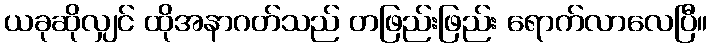
ယခုဆိုလျှင် ထိုအနာဂတ်သည် တဖြည်းဖြည်း ရောက်လာလေပြီ။